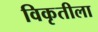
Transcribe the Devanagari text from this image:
विकृतीला